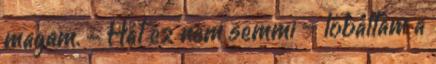
magam. - Hát ez nem semmi – lóbáltam a